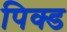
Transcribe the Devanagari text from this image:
पिक्ड